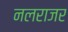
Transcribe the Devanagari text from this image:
नलराजर